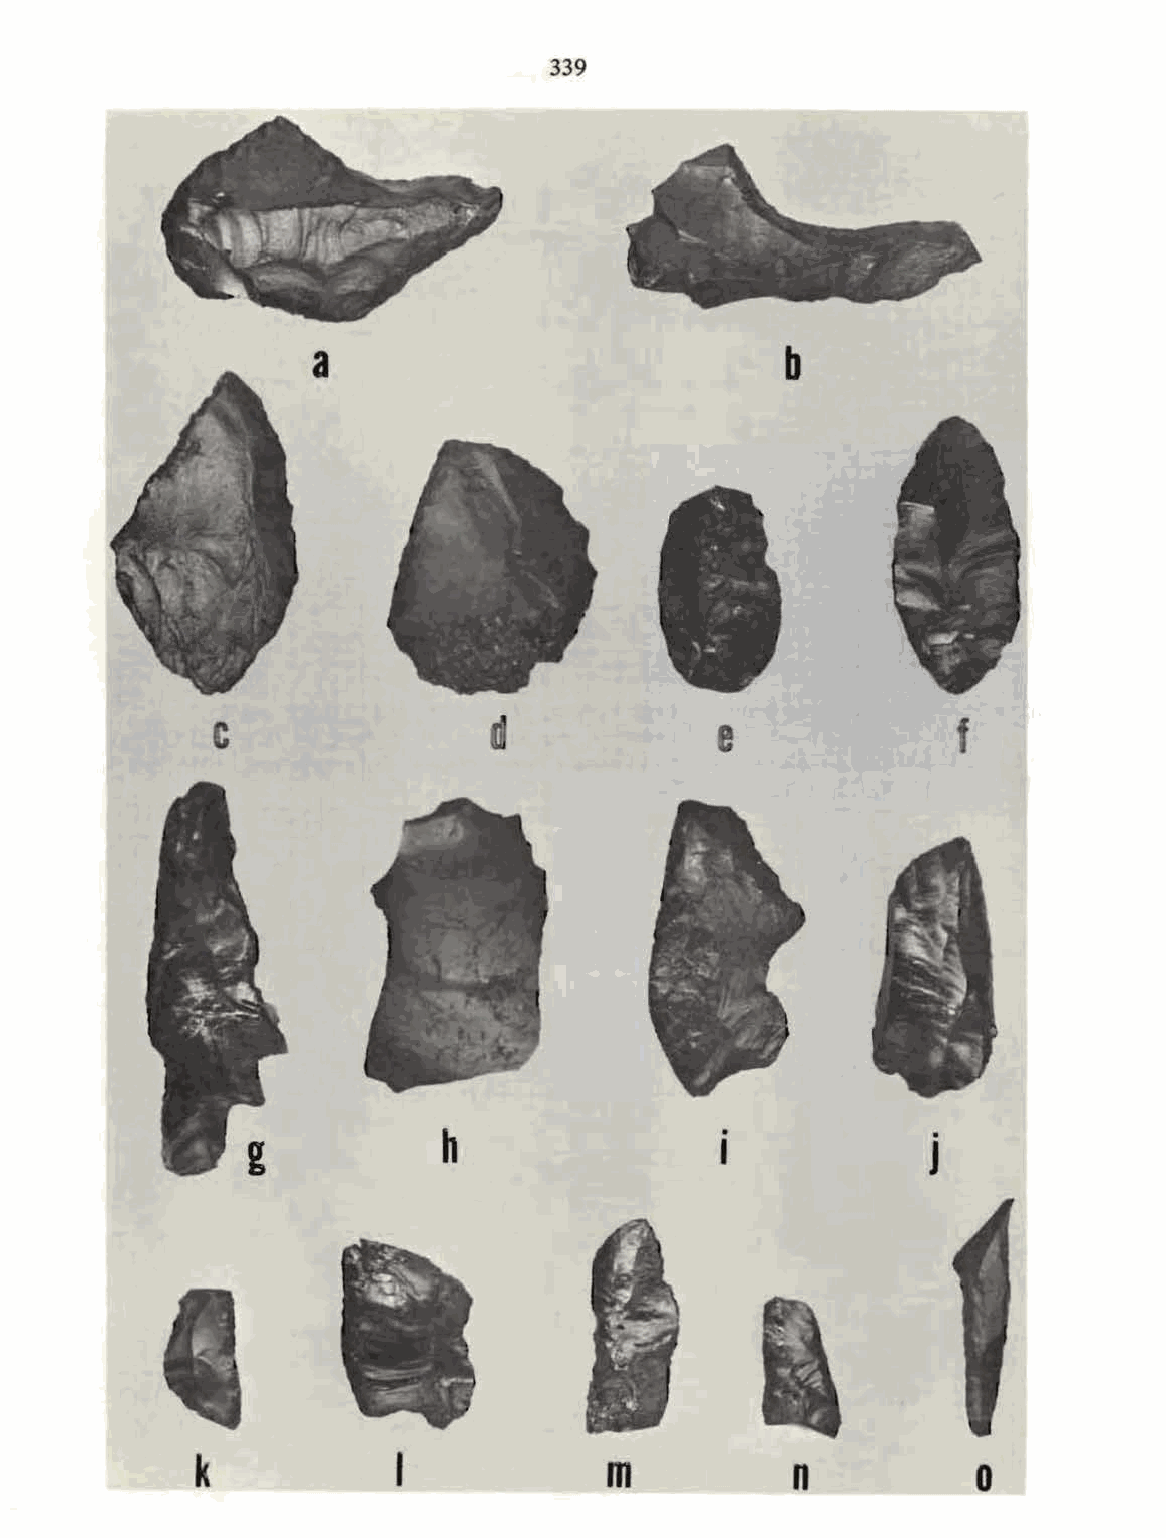
339
 a                              b
 c                  d              e               f
 h                 I0            0
 J
 k             I            m            n
 0